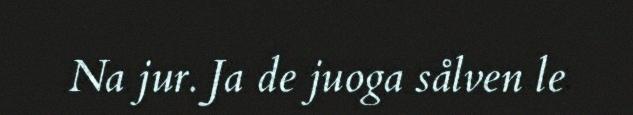
Na jur. Ja de juoga sålven le